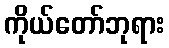
ကိုယ်တော်ဘုရား